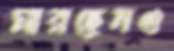
মারছেনও